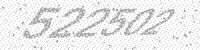
Solution: 522502